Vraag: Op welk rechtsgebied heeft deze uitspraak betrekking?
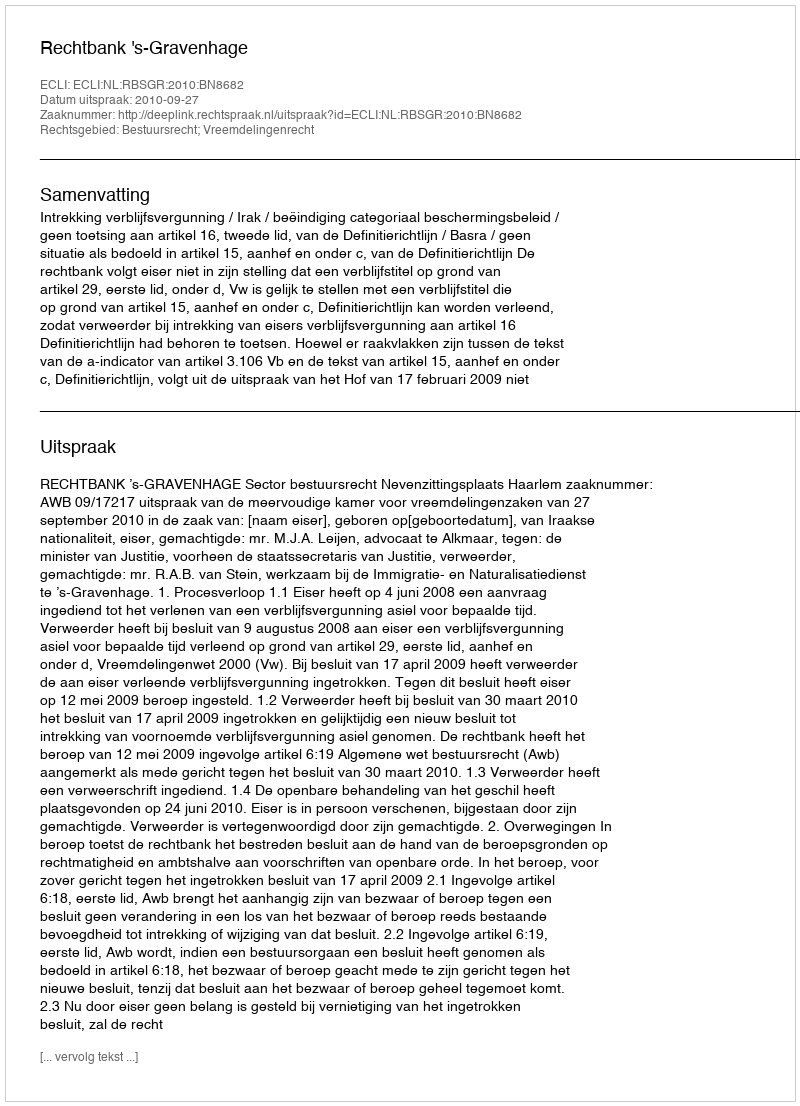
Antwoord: Bestuursrecht; Vreemdelingenrecht